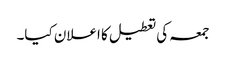
جمعہ کی تعطیل کا اعلان کیا۔